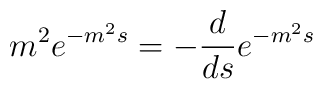
m^2 e^{-m^2 s} =-{d \over ds} e^{-m^2s}~~~